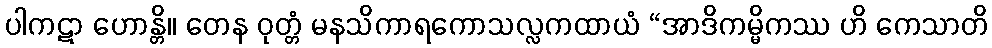
ပါကဋာ ဟောန္တိ။ တေန ဝုတ္တံ မနသိကာရကောသလ္လကထာယံ “အာဒိကမ္မိကဿ ဟိ ကေသာတိ